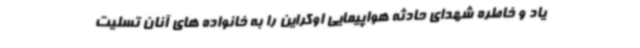
یاد و خاطره شهدای حادثه هواپیمایی اوکراین را به خانواده های آنان تسلیت